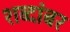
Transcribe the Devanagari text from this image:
शब्दांबर